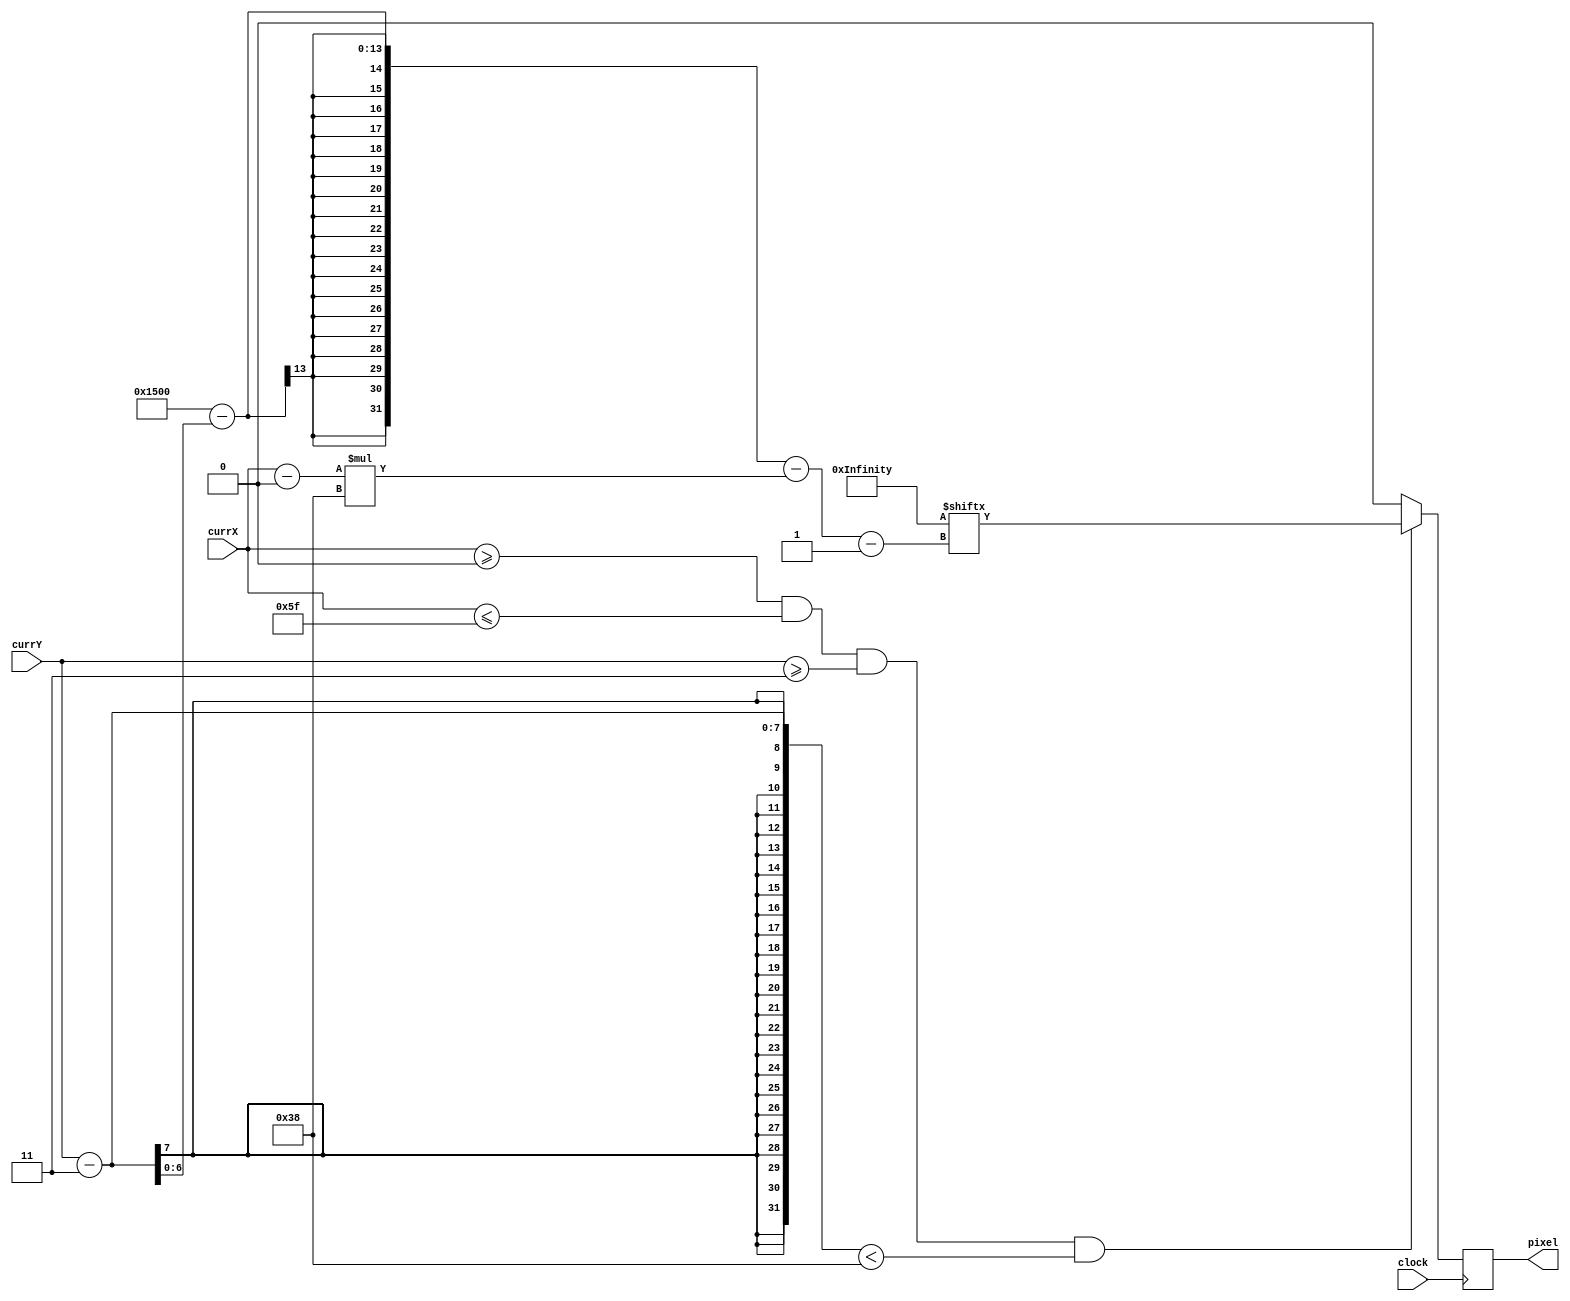
`timescale 1ns / 1ps
//////////////////////////////////////////////////////////////////////////////////
// Company: 
// Engineer: 
// 
// Design Name: 
// Module Name: logo_blue
// Project Name: 
// Target Devices: 
// Tool Versions: 
// Description: 
// 
// Dependencies: 
// 
// Revision:
// Revision 0.01 - File Created
// Additional Comments:
// 
//////////////////////////////////////////////////////////////////////////////////


module logo_blue(input clock, input [6:0] currX, currY, output reg pixel);
    parameter STARTX = 0, ENDX = 95, LOGO_HEIGHT = 56, startY = 3;
    reg [6:0] index = 0, row = 0;
    wire [5376:1] logo;
    assign logo = 5376'hFFFFFFFFFFFFFFFFFFFFFFFFFFFF0000000003FFFF7FFFE00000FFFF7800E008003FFF7800E0100007FF7150E0200003FF7151E0000000FF7153E08018003F7151E1D78C000F7000E3FFE000077C00E7A07002037400E7001C01037151E3144E00817153E1868F00017151E3144E10007150E7001C20007800E7A07040007800E3FFE080007FFFE1D78080007FFFE0800080007FC1E0000104007F80E0000102007F3E6000028101781E6000044001700E60000C0403670060000402036780E0000001076700600000000F700E600000803F781E640000407F7F3E6E000001FF7F80EE000007FF7FC1E400003FFF7FFFE00000FFFF0000000003FFFFFFFFFFFFFFFFFFFFFFFFFFFFFFFFFFFFFFFFFFFFFF80000001BFFFFF80000001BFFFFFC7FFFFFFBFFFFFE0FFFFFFBFFFFFF83FFFFFBFFFFFFE0FFFFFBFFFFFFF83FFFFBFFFFFFFE0FFFFBFFFFFFFF03FFFBFFFFFFFFE0FFFBFFFFFFFFF83FFBFFFFFFFFFE0FFBFFFFFFFFFF83FBFFFFFFFFFFE0FB0001FFFFFFFC3B7EFDF80000001B7EFDF80000001B7EFDFFFFFFFFFB7EFDFFFFFFFFFB7EFDF8000003FB7FFDF8000001FB7FFDFFFFFFF87BFFFFFFFFFFFE3BC007FFFFFFFF9BBFFBFFFFFFFF9B7FFDFFFFFFFF9B7FFDFFFFFFFF9B7FFDFFFFFFFF9B7FFDFFFFFFFF9B7FFDFFFFFFFF9BFFFFFFFFFFFF9B0001FFFFFFFE3B7EFDFFFFFFF87B7EFDF8000001FB7EFDF8000003FB7EFDFFFFFFFFFB7EFDFFFFFFFFFB7FFDFFE0FFF3FB7FFDFF807FF1FBFFFFFE1E3FFCFBFFFFFC7F1FFE7BFFFFF9FF8FFF1BFFFFF9FFC7FF9BFFFFF9FFE7FF9BFFFFF9FFF3FF9BFFFFF9FFF1FF9BFFFFF9FFF8FF9BFFFFF8FFFC7F1BFFFFFC7FFE3E7BFFFFFE3FFF1CFBFFFFFF1FFF81FBFFFFFF9FFFC3FBFFFFFFFFFFFFFFFFFFFFFFFFFFFFFFFFFFFFFFFFFFFFFFFFFFFFFFFFFFFFFFFFFFFFFFFFFFF;
    always @ (posedge clock) begin
        if(currX >= STARTX && currX <= ENDX && currY >= startY && (currY - startY) < LOGO_HEIGHT) begin
            row = currY - startY; index = currX - STARTX;
            pixel = logo[5376 - row - index*LOGO_HEIGHT];
        end
        else begin pixel = 0; row = 0; index = 0; end
    end
endmodule